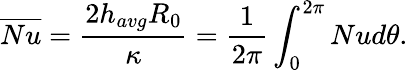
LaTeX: \overline{{Nu}}=\frac{2h_{avg}R_{0}}{\kappa}=\frac{1}{2\pi}\int_{0}^{2\pi}Nud\theta.